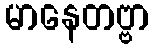
မာနေတဗ္ဗာ